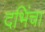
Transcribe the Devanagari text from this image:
दभिंचा